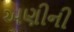
અણીની